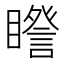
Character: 𥋮